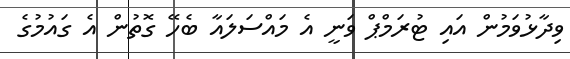
ވިދާޅުވަމުން އައި ޓުރަމްޕް ވަނީ އެ މައްސަލައާ ބެހޭ ގޮތުން އެ ގައުމުގެ